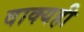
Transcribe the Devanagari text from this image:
वाक्यही